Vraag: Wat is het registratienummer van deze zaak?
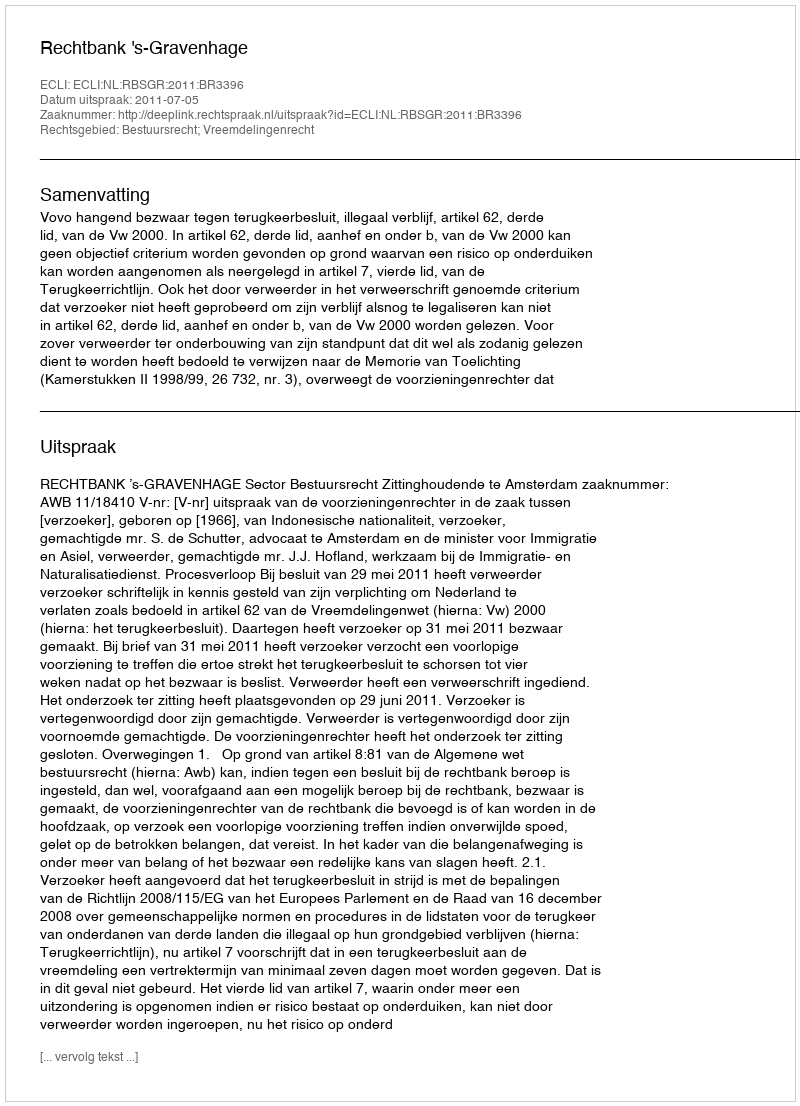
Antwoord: http://deeplink.rechtspraak.nl/uitspraak?id=ECLI:NL:RBSGR:2011:BR3396